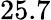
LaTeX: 25.7